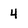
Character: 4